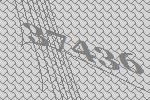
37436